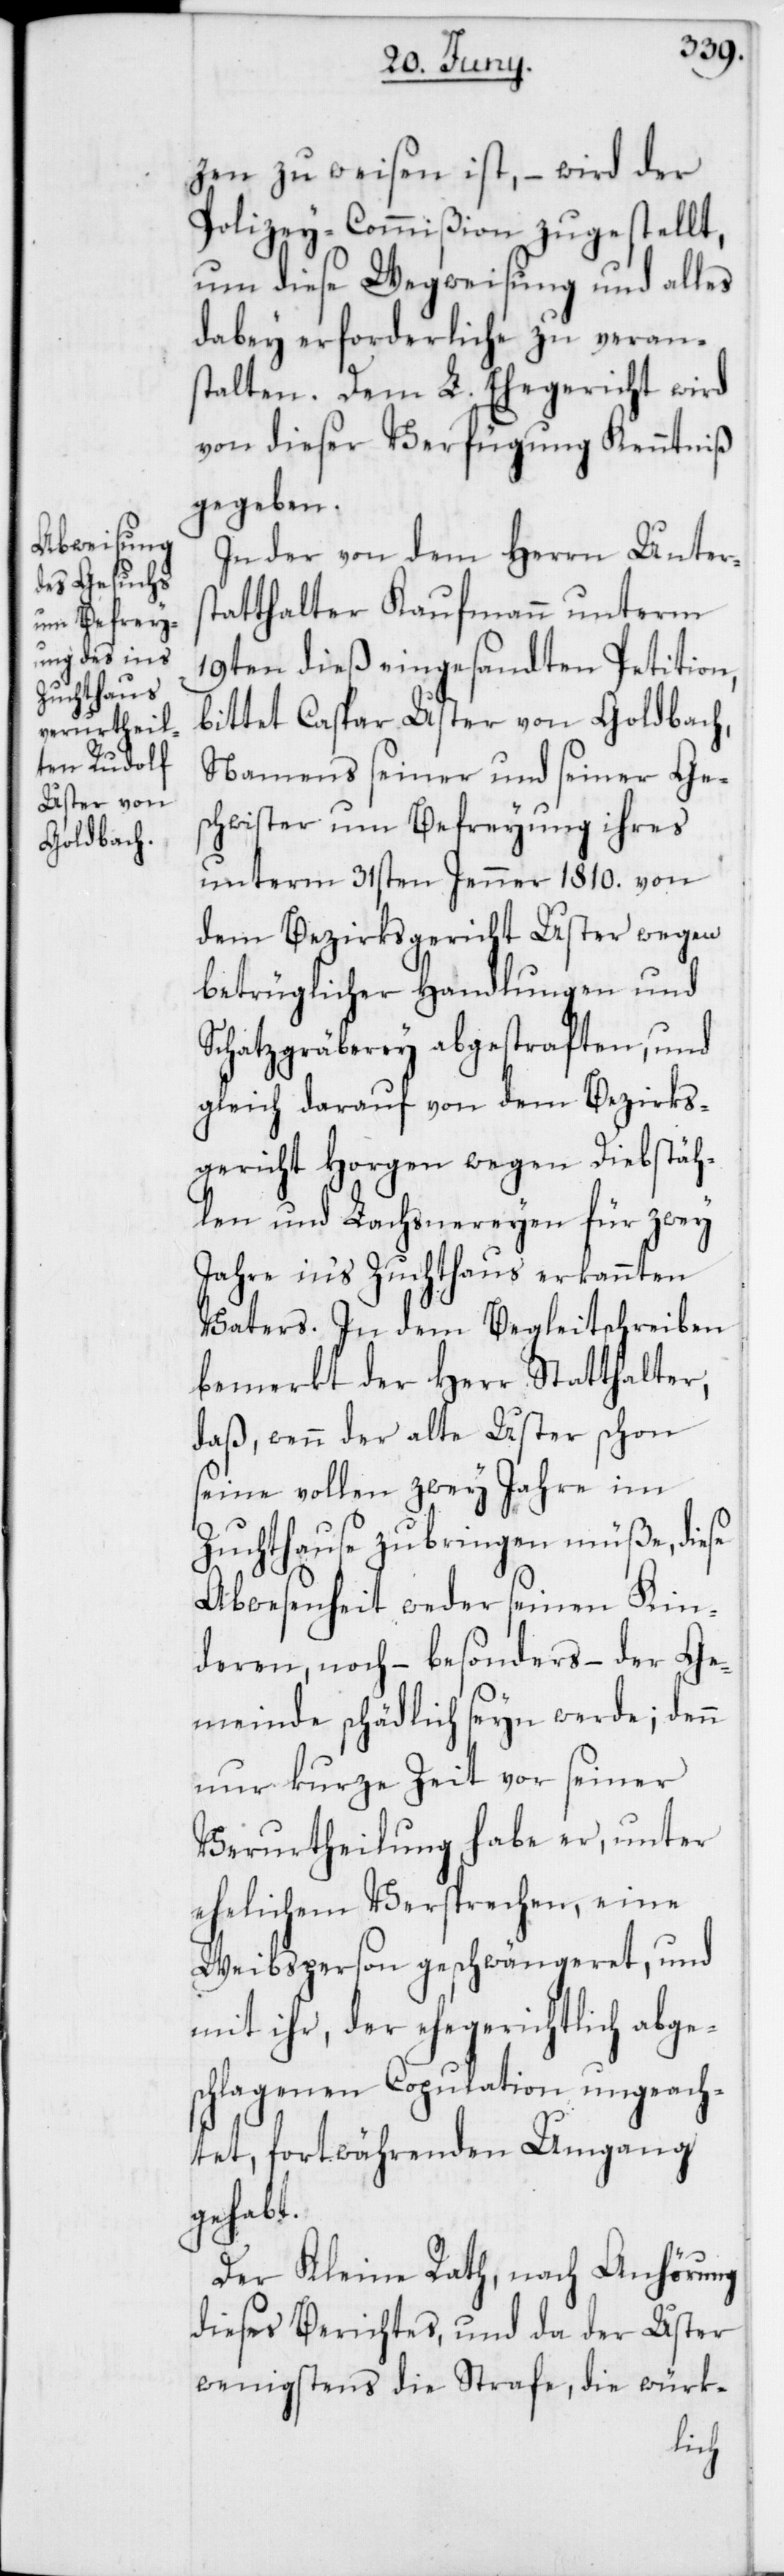
zen zu weisen ist, – wird der
Polizey-Commißion zugestellt,
um diese Wegweisung und alles
dabey erforderliche zu verans¬
talten. Dem L. Ehegericht wird
von dieser Verfügung Kenntniß
gegeben.
In der von dem Herrn Unters¬
tatthalter Kaufmann unterm
19ten dieß eingesandten Petition,
bittet Caspar Uster von Goldbach,
Namens seiner und seiner Ge¬
schwister um Befreyung ihres
unterm 31sten Jenner 1810. von
dem Bezirksgericht Uster wegen
betrüglicher Handlungen und
Schatzgräberey abgestraften, und
gleich darauf von dem Bezirks¬
gericht Horgen wegen Diebstäh¬
len und Lachsnereyen für zwey
Jahre in‘s Zuchthaus erkannten
Vaters. In dem Begleitschreiben
bemerkt der Herr Statthalter,
daß, wenn der alte Uster schon
seine vollen zwey Jahre im
Zuchthause zubringen müße, diese
Abwesenheit weder seinen Kin¬
deren, noch – besonders – der Ge¬
meinde schädlich seyn werde; denn
nur kurze Zeit vor seiner
Verurtheilung habe er, unter
ehelichem Versprechen, eine
Weibsperson geschwängeret, und
mit ihr, der ehegerichtlich abge¬
schlagenen Copulation ungeach¬
tet, fortwährenden Umgang
gehabt.
Der Kleine Rath, nach Anhörung
dieses Berichtes, und da der Uster
wenigstens die Strafe, die würk-